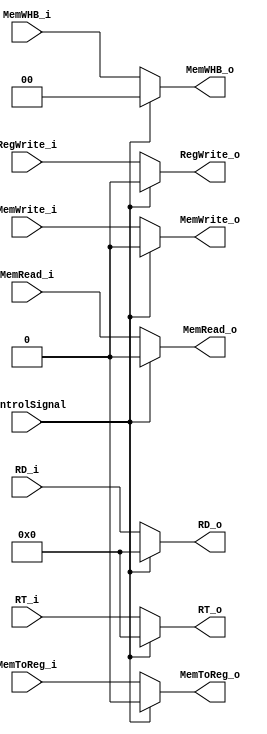
`timescale 1ns / 1ps
//////////////////////////////////////////////////////////////////////////////////
// Company: 
// Engineer: 
// 
// Design Name: 
// Module Name: ControlSignalMux
// Project Name: 
// Target Devices: 
// Tool Versions: 
// Description: 
// 
// Dependencies: 
// 
// Revision:
// Revision 0.01 - File Created
// Additional Comments:
// 
//////////////////////////////////////////////////////////////////////////////////



module ControlSignalMux(
    input ControlSignal, // Control signal to toggle output
    
    input RegWrite_i,
    input MemWrite_i,
    input MemRead_i,
    input [1:0] MemWHB_i,
    input MemToReg_i,
    
    input [20:16] RT_i,
    input [15:11] RD_i,
    
    output reg RegWrite_o,
    output reg MemWrite_o,
    output reg MemRead_o,
    output reg [1:0] MemWHB_o,
    output reg MemToReg_o,
    output reg [4:0] RT_o,
    output reg [4:0] RD_o
);

    // Update the output registers on the rising edge of the clock
    initial begin
        RegWrite_o = 0;
        
        MemWrite_o = 0;
        MemRead_o = 0;
        
        MemWHB_o = 0;
        
        RT_o = 4'd0;
        RD_o = 4'd0;
    end
     
    always @(ControlSignal, RegWrite_i, MemWrite_i, MemRead_i, MemWHB_i, MemToReg_i, RT_i, RD_i) begin
        if (ControlSignal == 0) begin
            // Pass through the input signals
            RegWrite_o <= RegWrite_i;
            MemWrite_o <= MemWrite_i;
            MemRead_o <= MemRead_i;
            MemWHB_o <= MemWHB_i;
            MemToReg_o <= MemToReg_i;
            RT_o = RT_i;
            RD_o = RD_i;
        end else begin
            // Output zeros
            RegWrite_o  <= 0;
            MemWrite_o <= 0;
            MemRead_o <= 0;
            MemWHB_o <= 0;
            MemToReg_o <= 0;
            RT_o = 4'd0;
            RD_o = 4'd0;

        end
    end

endmodule